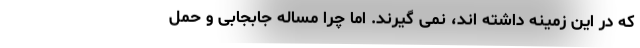
که در این زمینه داشته اند، نمی گیرند. اما چرا مساله جابجابی و حمل